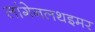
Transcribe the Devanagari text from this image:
लांगेनलथइमर